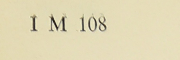
1 M 108